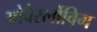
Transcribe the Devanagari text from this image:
ओवेर्स्लोविग